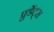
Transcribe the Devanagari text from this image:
प्रुडेंट्स